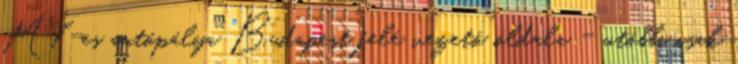
M7-es autópálya Budapest felé vezető oldala - utóbbi csak